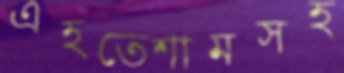
এহতেশামসহ